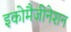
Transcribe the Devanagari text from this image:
इकोमैजीनेशन